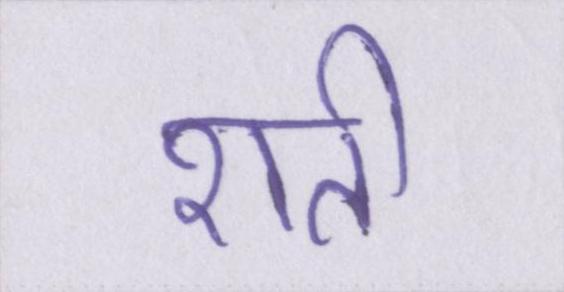
शती